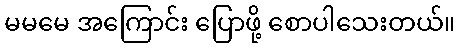
မမမေ အကြောင်း ပြောဖို့ စောပါသေးတယ်။